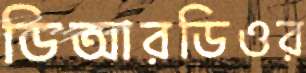
ডিআরডিওর